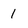
Character: 1